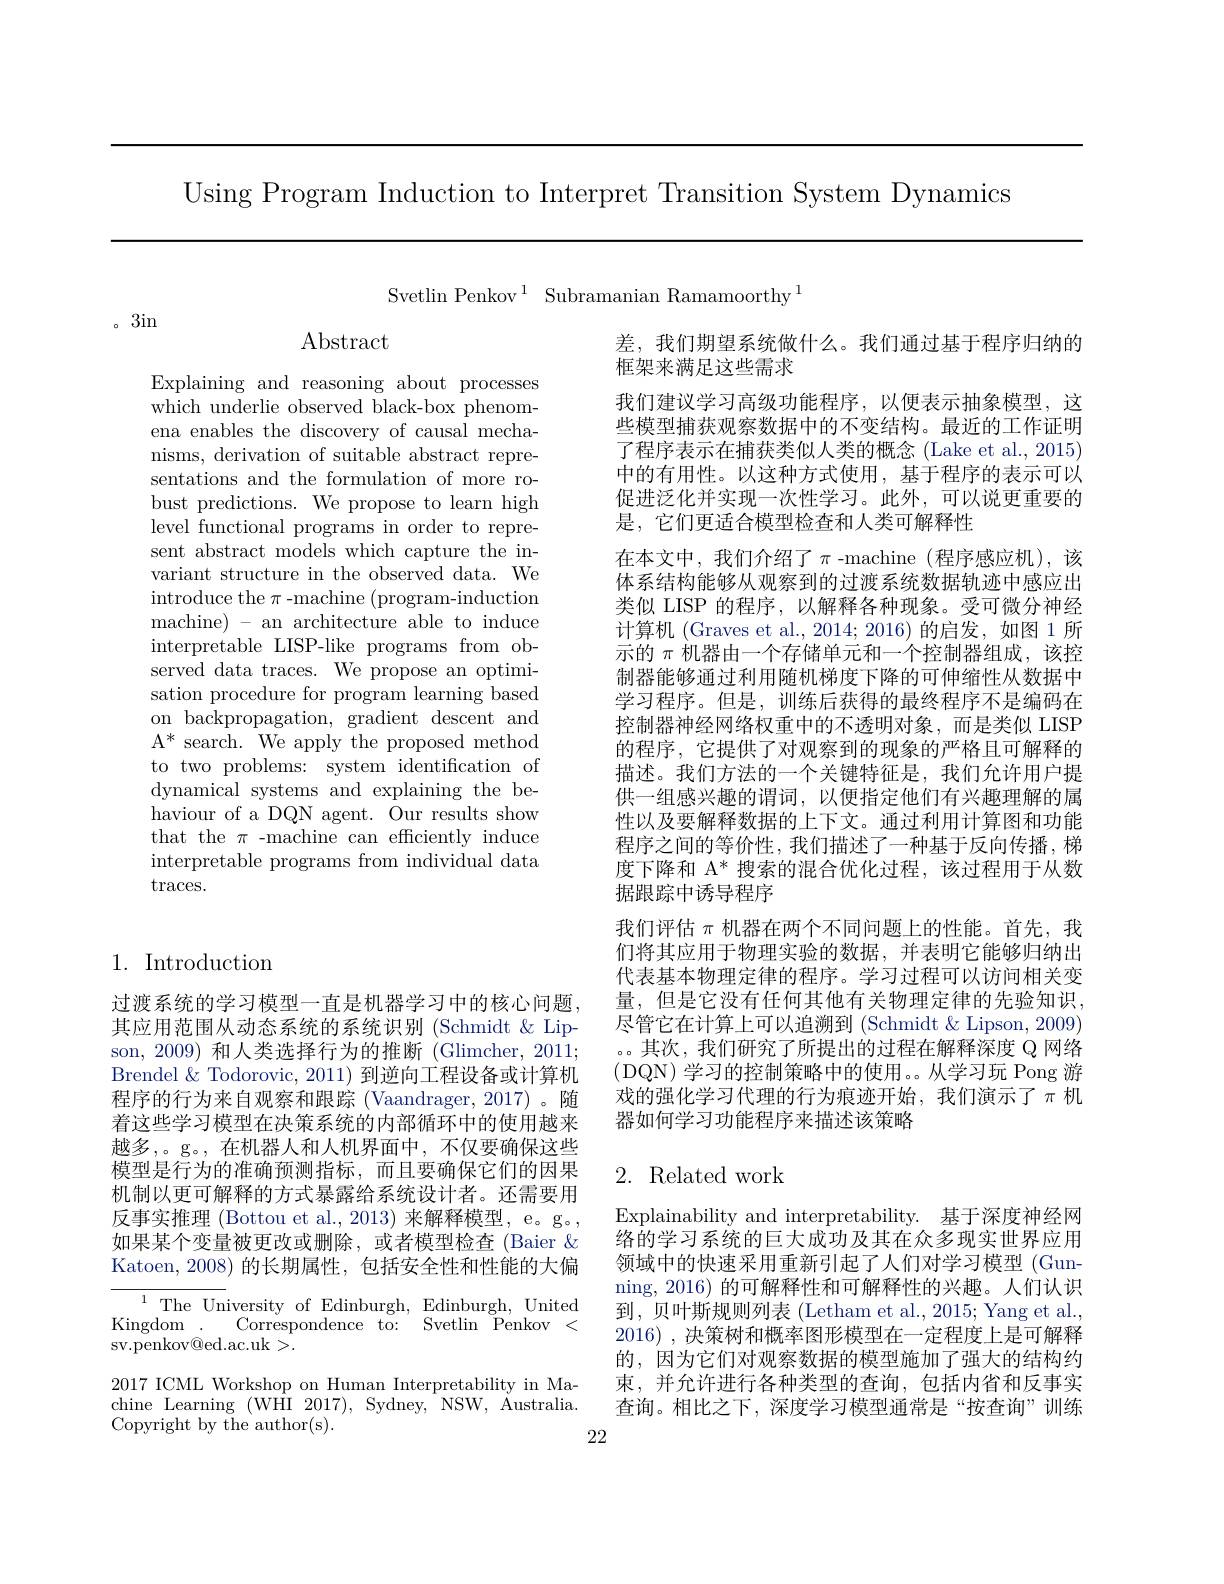
Using Program Induction to Interpret Transition System Dynamics

Svetlin Penkov$^{1}$ Subramanian Ramamoorthy$^{1}$

。3in

$\operatorname{Abstract}$

Explaining and reasoning about processes which underlie observed black-box phenomena enables the discovery of causal mechanisms, derivation of suitable abstract representations and the formulation of more robust predictions. We propose to learn high level functional programs in order to represent abstract models which capture the invariant structure in the observed data. We introduce the $\pi$ -machine (program-induction machine) - an architecture able to induce interpretable LISP-like programs from observed data traces. We propose an optimisation procedure for program learning based on backpropagation, gradient descent and $A^*$ search. We apply the proposed method to two problems: system identification of dynamical systems and explaining the behaviour of a DQN agent. Our results show that the $\pi$ -machine can efficiently induce interpretable programs from individual data $\operatorname{traces.}$

1. Introduction

过渡系统的学习模型一直是机器学习中的核心问题， 其应用范围从动态系统的系统识别 (Schmidt & Lipson, 2009) 和人类选择行为的推断 (Glimcher, 2011; Brendel & Todorovic, 2011) 到逆向工程设备或计算机程序的行为来自观察和跟踪(Vaandrager,2017)。随着这些学习模型在决策系统的内部循环中的使用越来越多，。g。,在机器人和人机界面中，不仅要确保这些模型是行为的准确预测指标，而且要确保它们的因果机制以更可解释的方式暴露给系统设计者。还需要用反事实推理 (Bottou et al., 2013) 来解释模型，e。g。, 如果某个变量被更改或删除，或者模型检查 (Baier & Katoen, 2008) 的长期属性，包括安全性和性能的大偏

$\overline{{^{1}\text{The Un}}}$iversity of Edinburgh, Edinburgh, United Kingdom . Correspondence to: Svetlin Penkov < sv. penkov@ ed. ac. uk> .

2017 ICML Workshop on Human Interpretability in Machine Learning (WHI 2017), Sydney, NSW, Australia. Copyright by the author(s).

22

差，我们期望系统做什么。我们通过基于程序归纳的
框架来满足这些需求
我们建议学习高级功能程序，以便表示抽象模型，这些模型捕获观察数据中的不变结构。最近的工作证明了程序表示在捕获类似人类的概念 (Lake et al., 2015) 中的有用性。以这种方式使用，基于程序的表示可以促进泛化并实现一次性学习。此外，可以说更重要的是，它们更适合模型检查和人类可解释性
在本文中，我们介绍了$\pi$-machine(程序感应机),该体系结构能够从观察到的过渡系统数据轨迹中感应出类似 LISP 的程序，以解释各种现象。受可微分神经计算机 (Graves et al., 2014; 2016) 的启发，如图 1 所示的$\pi$机器由一个存储单元和一个控制器组成，该控制器能够通过利用随机梯度下降的可伸缩性从数据中学习程序。但是，训练后获得的最终程序不是编码在控制器神经网络权重中的不透明对象，而是类似 LISP 的程序，它提供了对观察到的现象的严格且可解释的描述。我们方法的一个关键特征是，我们允许用户提供一组感兴趣的谓词，以便指定他们有兴趣理解的属性以及要解释数据的上下文。通过利用计算图和功能程序之间的等价性，我们描述了一种基于反向传播，梯度下降和$\mathcal{A}^*$搜索的混合优化过程，该过程用于从数据跟踪中诱导程序
我们评估$\pi$机器在两个不同问题上的性能。首先，我们将其应用于物理实验的数据，并表明它能够归纳出代表基本物理定律的程序。学习过程可以访问相关变量，但是它没有任何其他有关物理定律的先验知识， 尽管它在计算上可以追溯到 (Schmidt&Lipson, 2009) 。。其次，我们研究了所提出的过程在解释深度 Q 网络(DQN) 学习的控制策略中的使用。。从学习玩 Pong 游戏的强化学习代理的行为痕迹开始，我们演示了$\pi$ 机器如何学习功能程序来描述该策略

## 2. Related work

Explainability and interpretability. 基于深度神经网络的学习系统的巨大成功及其在众多现实世界应用领域中的快速采用重新引起了人们对学习模型(Gunning, 2016) 的可解释性和可解释性的兴趣。人们认识到，贝叶斯规则列表 (Letham et al., 2015; Yang et al., 2016) , 决策树和概率图形模型在一定程度上是可解释的，因为它们对观察数据的模型施加了强大的结构约束，并允许进行各种类型的查询，包括内省和反事实查询。相比之下，深度学习模型通常是“按查询”训练